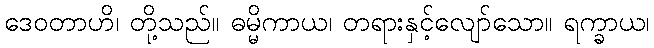
ဒေဝတာဟိ၊ တို့သည်။ ဓမ္မိကာယ၊ တရားနှင့်လျော်သော။ ရက္ခာယ၊